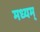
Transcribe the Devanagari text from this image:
मध्यम्